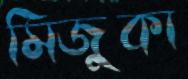
মিজুকা